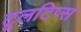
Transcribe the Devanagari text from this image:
टूलटिप्स